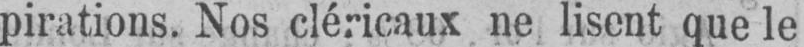
pirations. Nos cléricaux ne lisent que le